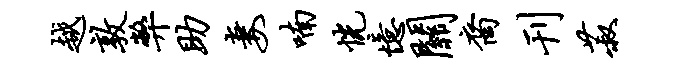
越敦弊助妻喃恍忆关裔刊菽